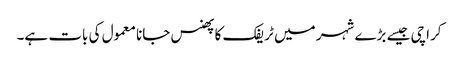
کراچی جیسے بڑے شہر میں ٹریفک کا پھنس جانا معمول کی بات ہے۔